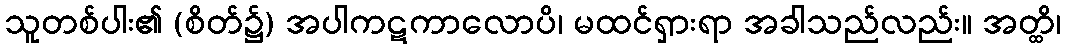
သူတစ်ပါး၏ (စိတ်၌) အပါကဋကာလောပိ၊ မထင်ရှားရာ အခါသည်လည်း။ အတ္ထိ၊